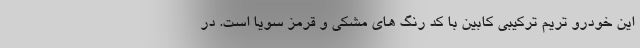
این خودرو تریم ترکیبی کابین با کد رنگ های مشکی و قرمز سِویا است. در